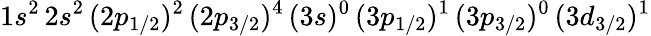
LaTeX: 1s^{2}\, 2s^{2}\, (2p_{1/2})^{2}\, (2p_{3/2})^{4}\, (3s)^{0}\, (3p_{1/2})^{1}\, (3p_{3/2})^{0}\, (3d_{3/2})^{1}